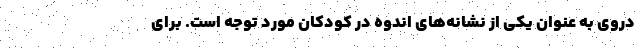
‌در‌وی به عنوان یکی از نشانه‌های اندوه در کودکان مورد توجه است. برای